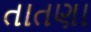
તાતણા